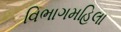
વિભાગમહિલા